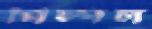
পিম্পল